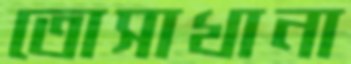
তোসাখানা